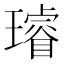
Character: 璿